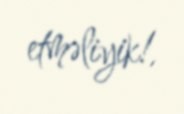
etməliyik!.